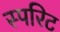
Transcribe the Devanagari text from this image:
स्परिट